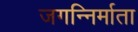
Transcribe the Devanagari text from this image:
जगन्निर्माता